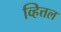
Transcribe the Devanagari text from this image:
व्हित्तल